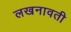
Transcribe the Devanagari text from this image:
लखनावती